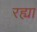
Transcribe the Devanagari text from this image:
रह्या